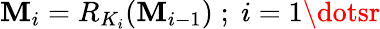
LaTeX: \mathbf{M}_{i}=R_{K_{i}}(\mathbf{M}_{i-1})\; ;\; i=1\dotsr